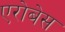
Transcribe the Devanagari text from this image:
एरोबेस